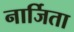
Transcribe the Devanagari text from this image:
नार्जिता